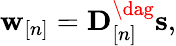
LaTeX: \begin{array}{r}{{\mathbf w}_{[n]}={\mathbf D}_{[n]}^{\dag}{\mathbf s},}\end{array}